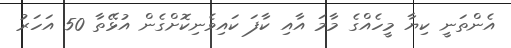
އެންތަނީ ކިޔާ މީހެއްގެ މާމަ އާއި ކާފަ ކައިވެނިކޮށްގެން އުޅޭތާ 50 އަހަރު